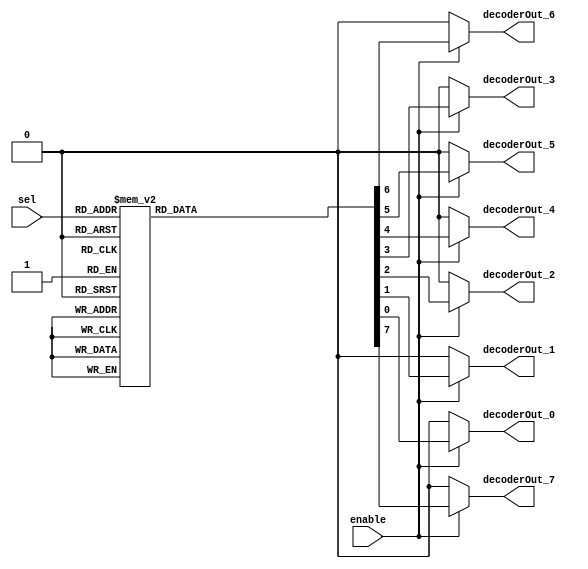
/******************************************************************************
 **                                                                          **
 ** Component : Decoder_8                                                    **
 **                                                                          **
 *****************************************************************************/

module Decoder_8 (
    input enable,
    input [2:0] sel,
    output reg decoderOut_0,
    output reg decoderOut_1,
    output reg decoderOut_2,
    output reg decoderOut_3,
    output reg decoderOut_4,
    output reg decoderOut_5,
    output reg decoderOut_6,
    output reg decoderOut_7
);

    // Combinational logic for the 8-output decoder
    always @(*) begin
        if (enable) begin
            case (sel)
                3'b000: {decoderOut_7, decoderOut_6, decoderOut_5, decoderOut_4, decoderOut_3, decoderOut_2, decoderOut_1, decoderOut_0} = 8'b00000001;
                3'b001: {decoderOut_7, decoderOut_6, decoderOut_5, decoderOut_4, decoderOut_3, decoderOut_2, decoderOut_1, decoderOut_0} = 8'b00000010;
                3'b010: {decoderOut_7, decoderOut_6, decoderOut_5, decoderOut_4, decoderOut_3, decoderOut_2, decoderOut_1, decoderOut_0} = 8'b00000100;
                3'b011: {decoderOut_7, decoderOut_6, decoderOut_5, decoderOut_4, decoderOut_3, decoderOut_2, decoderOut_1, decoderOut_0} = 8'b00001000;
                3'b100: {decoderOut_7, decoderOut_6, decoderOut_5, decoderOut_4, decoderOut_3, decoderOut_2, decoderOut_1, decoderOut_0} = 8'b00010000;
                3'b101: {decoderOut_7, decoderOut_6, decoderOut_5, decoderOut_4, decoderOut_3, decoderOut_2, decoderOut_1, decoderOut_0} = 8'b00100000;
                3'b110: {decoderOut_7, decoderOut_6, decoderOut_5, decoderOut_4, decoderOut_3, decoderOut_2, decoderOut_1, decoderOut_0} = 8'b01000000;
                3'b111: {decoderOut_7, decoderOut_6, decoderOut_5, decoderOut_4, decoderOut_3, decoderOut_2, decoderOut_1, decoderOut_0} = 8'b10000000;
                default: {decoderOut_7, decoderOut_6, decoderOut_5, decoderOut_4, decoderOut_3, decoderOut_2, decoderOut_1, decoderOut_0} = 8'b00000000;
            endcase
        end else begin
            {decoderOut_7, decoderOut_6, decoderOut_5, decoderOut_4, decoderOut_3, decoderOut_2, decoderOut_1, decoderOut_0} = 8'b00000000;
        end
    end

endmodule